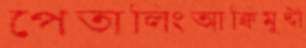
পেতালিংআক্বিমুদ্দী